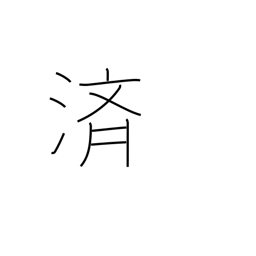
Meaning: relieve (burden)